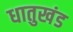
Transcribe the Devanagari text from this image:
धातुखंड